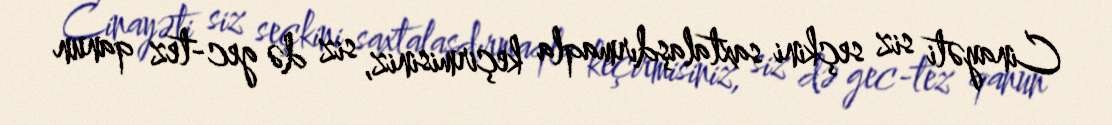
Cinayəti siz seçkini saxtalaşdırmaqla keçirmisiniz, siz də gec-tez qanun